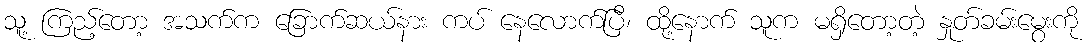
သူ့ ကြည့်တော့ အသက်က ခြောက်ဆယ်နား ကပ် နေလောက်ပြီ၊ ထို့နောက် သူက မရှိတော့တဲ့ နှုတ်ခမ်းမွေးကို